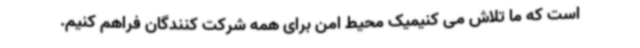
است که ما تلاش می کنیمیک محیط امن برای همه شرکت کنندگان فراهم کنیم.